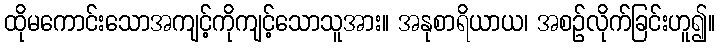
ထိုမကောင်းသောအကျင့်ကိုကျင့်သောသူအား။ အနုစာရိယာယ၊ အစဉ်လိုက်ခြင်းဟူ၍။